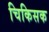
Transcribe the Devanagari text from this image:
चिकिसक